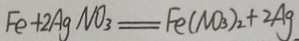
F e + 2 A g N O _ { 3 } = F e ( N O _ { 3 } ) _ { 2 } + 2 A g